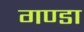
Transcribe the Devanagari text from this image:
गण्डा